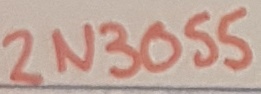
Text: 2N3055